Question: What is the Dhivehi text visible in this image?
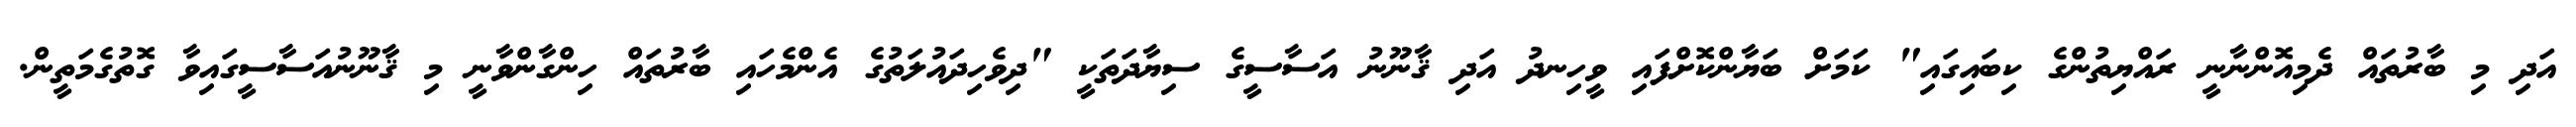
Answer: އަދި މި ބާރުތައް ދެމިއޮންނާނީ ރައްޔިތުންގެ ކިބައިގައި" ކަމަށް ބަޔާންކޮށްފައި ވީހިނދު އަދި ޤާނޫނު އަސާސީގެ ސިޔާދަތަކީ "ދިވެހިދައުލަތުގެ އެންމެހައި ބާރުތައް ހިންގާންވާނީ މި ޤާނޫނުއަސާސީގައިވާ ގޮތުގެމަތީން.